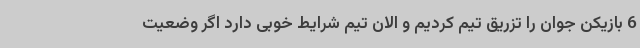
6 بازیکن جوان را تزریق تیم کردیم و الان تیم شرایط خوبی دارد اگر وضعیت